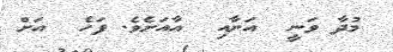
މުދާ ވަނީ  އަށާއި  އާއަށެވެ. ފަހެ  އަށް